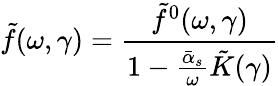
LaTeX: \tilde{f}(\omega,\gamma)={\frac{\tilde{f}^{0}(\omega,\gamma)}{1-{\frac{\bar{\alpha}_{s}}{\omega}}\tilde{K}(\gamma)}}